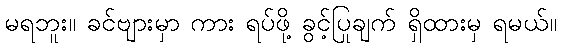
မရဘူး။ ခင်ဗျားမှာ ကား ရပ်ဖို့ ခွင့်ပြုချက် ရှိထားမှ ရမယ်။